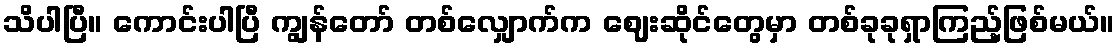
သိပါပြီ။ ကောင်းပါပြီ ကျွန်တော် တစ်လျှောက်က ဈေးဆိုင်တွေမှာ တစ်ခုခုရှာကြည့်ဖြစ်မယ်။